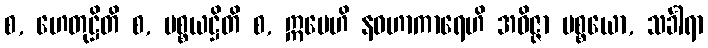
စ, ဟေတုဋ္ဌိတိ စ, ပစ္စယဋ္ဌိတိ စ, ဣမေဟိ နဝဟာကာရေဟိ အဝိဇ္ဇာ ပစ္စယော, သင်္ခါရာ